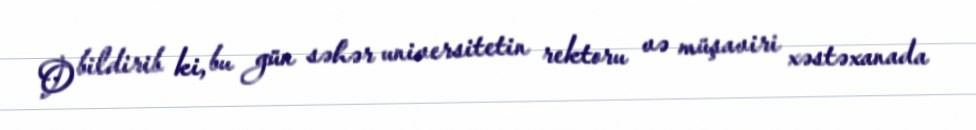
O bildirib ki, bu gün səhər universitetin rektoru və müşaviri xəstəxanada